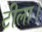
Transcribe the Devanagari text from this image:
टीला।